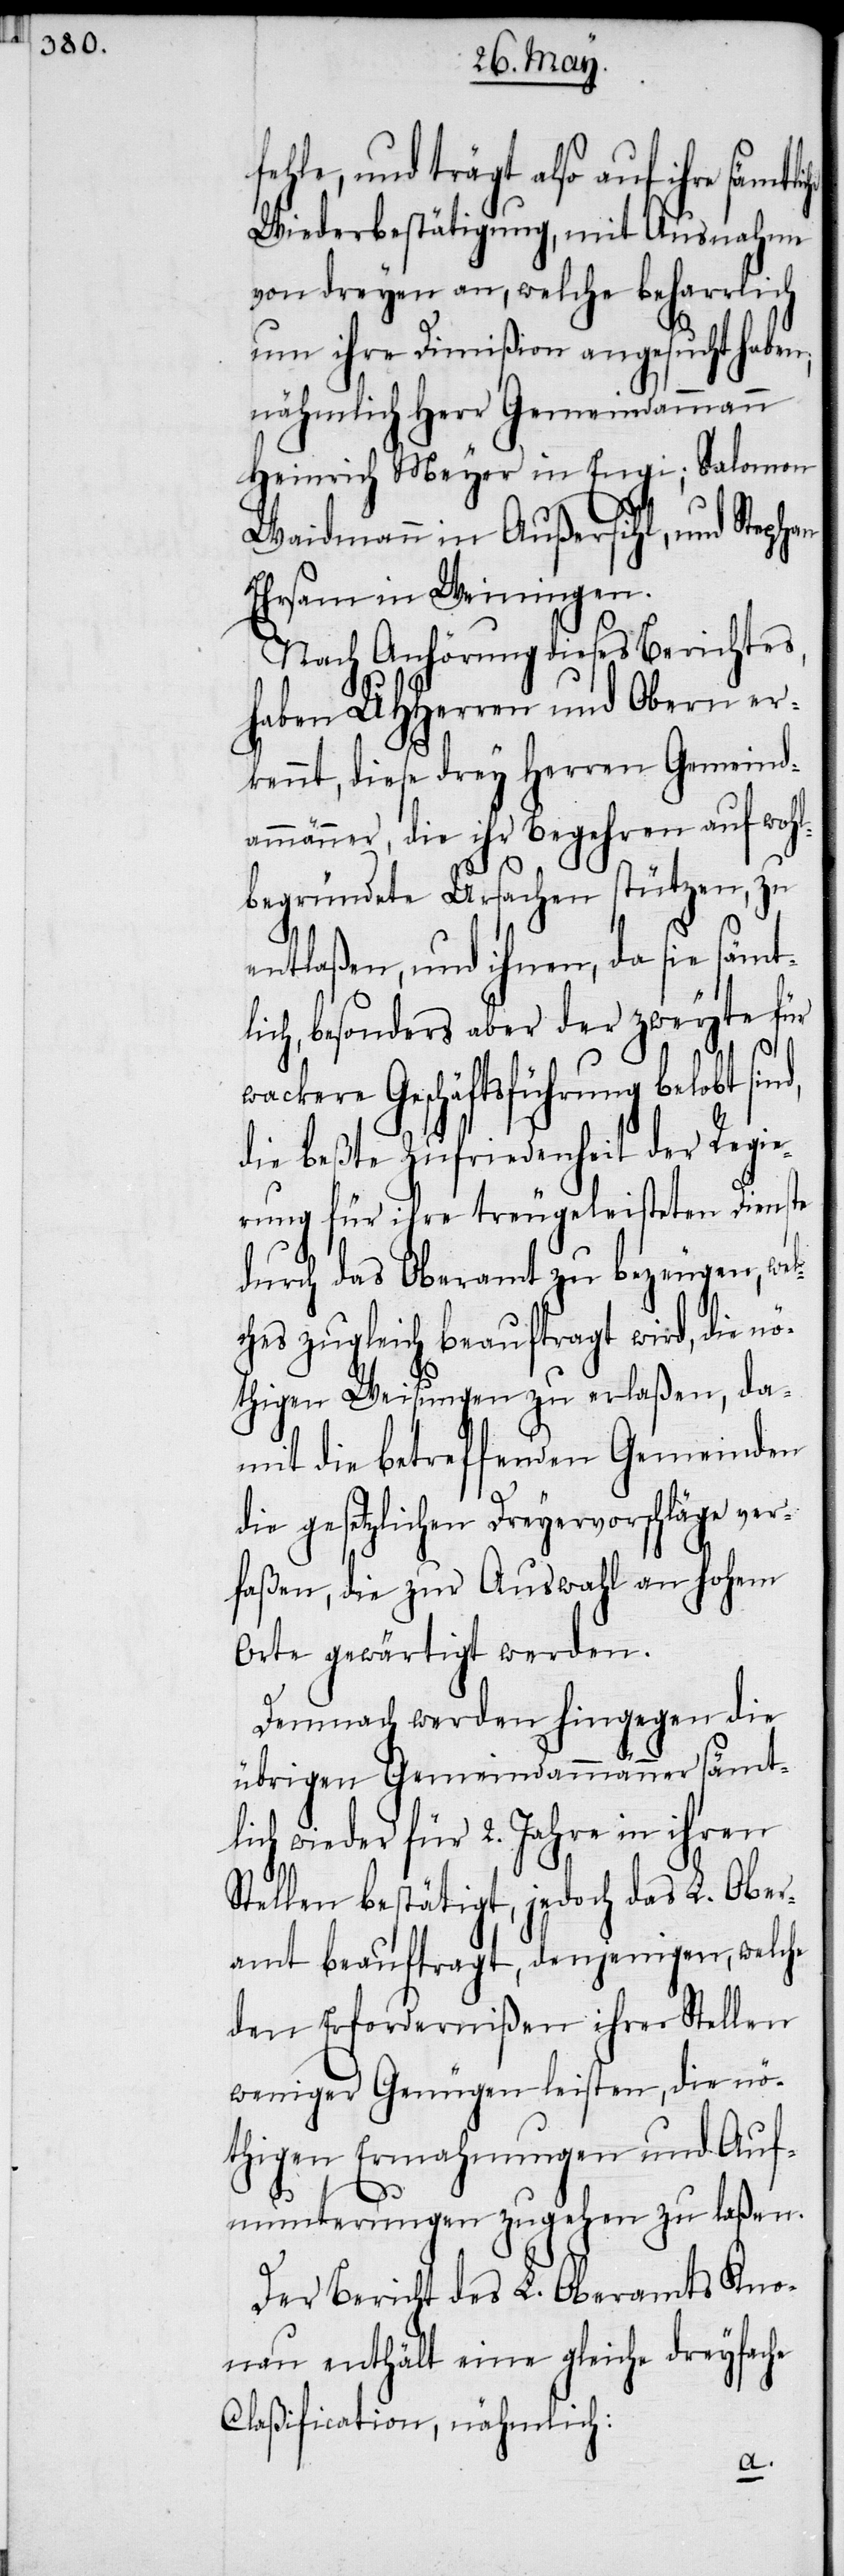
fehle, und trägt also auf ihre
Wiederbestätigung, mit Ausnahme
von dreyen an, welche beharrlich
um ihre Dimißion angesucht h¬
nähmlich Herr Gemeindammann
gen,
Heinrich Meyer in Engi;
er¬
Waidmann in Außer¬
Ehrsam in Weiningen.
die
Nach Anhörung dieses Be¬
haben UHHerren und Ob¬
kennt, diese drey Herren Gemeind¬
ammänner, die ihr Begehren
begründete Ursachen stützen, zu
entlaßen, und ihnen, da sie säm¬
lich, besonders aber der zweyte für
wackere Geschäftsführung belobt
die beßte Zufriedenheit der Regie¬
rung für ihre treugeleisteten Dien¬
durch das Oberamt zu bezeugen,
ches zugleich beauftragt wird, die
thigen Weisungen zu erlaßen, d¬
amit die betreffenden Gemeinden
die gesetzlichen Dreyervorschläge ve¬
rfaßen, die zur Auswahl an hohem
Orte gewärtigt werden.
Demnach werden hingegen die
übrigen Gemeindammänner sämt¬
lich wieder für 2. Jahre in ihren
Stellen bestätigt, jedoch das L. Ob¬
amt beauftragt, denjeni¬
den Erfordernißen ihrer Stell¬
nö¬
weniger Genügen leisten,
thigen Ermahnungen und Auf¬
munterungen zugehen zu laßen.
Der Bericht des L. Oberamts Kno¬
nau enthält eine gleiche dreyfache
Claßification, nähmlich: